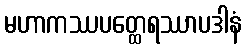
မဟာကဿပတ္ထေရဿာပဒါနံ